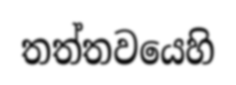
තත්තවයෙහි